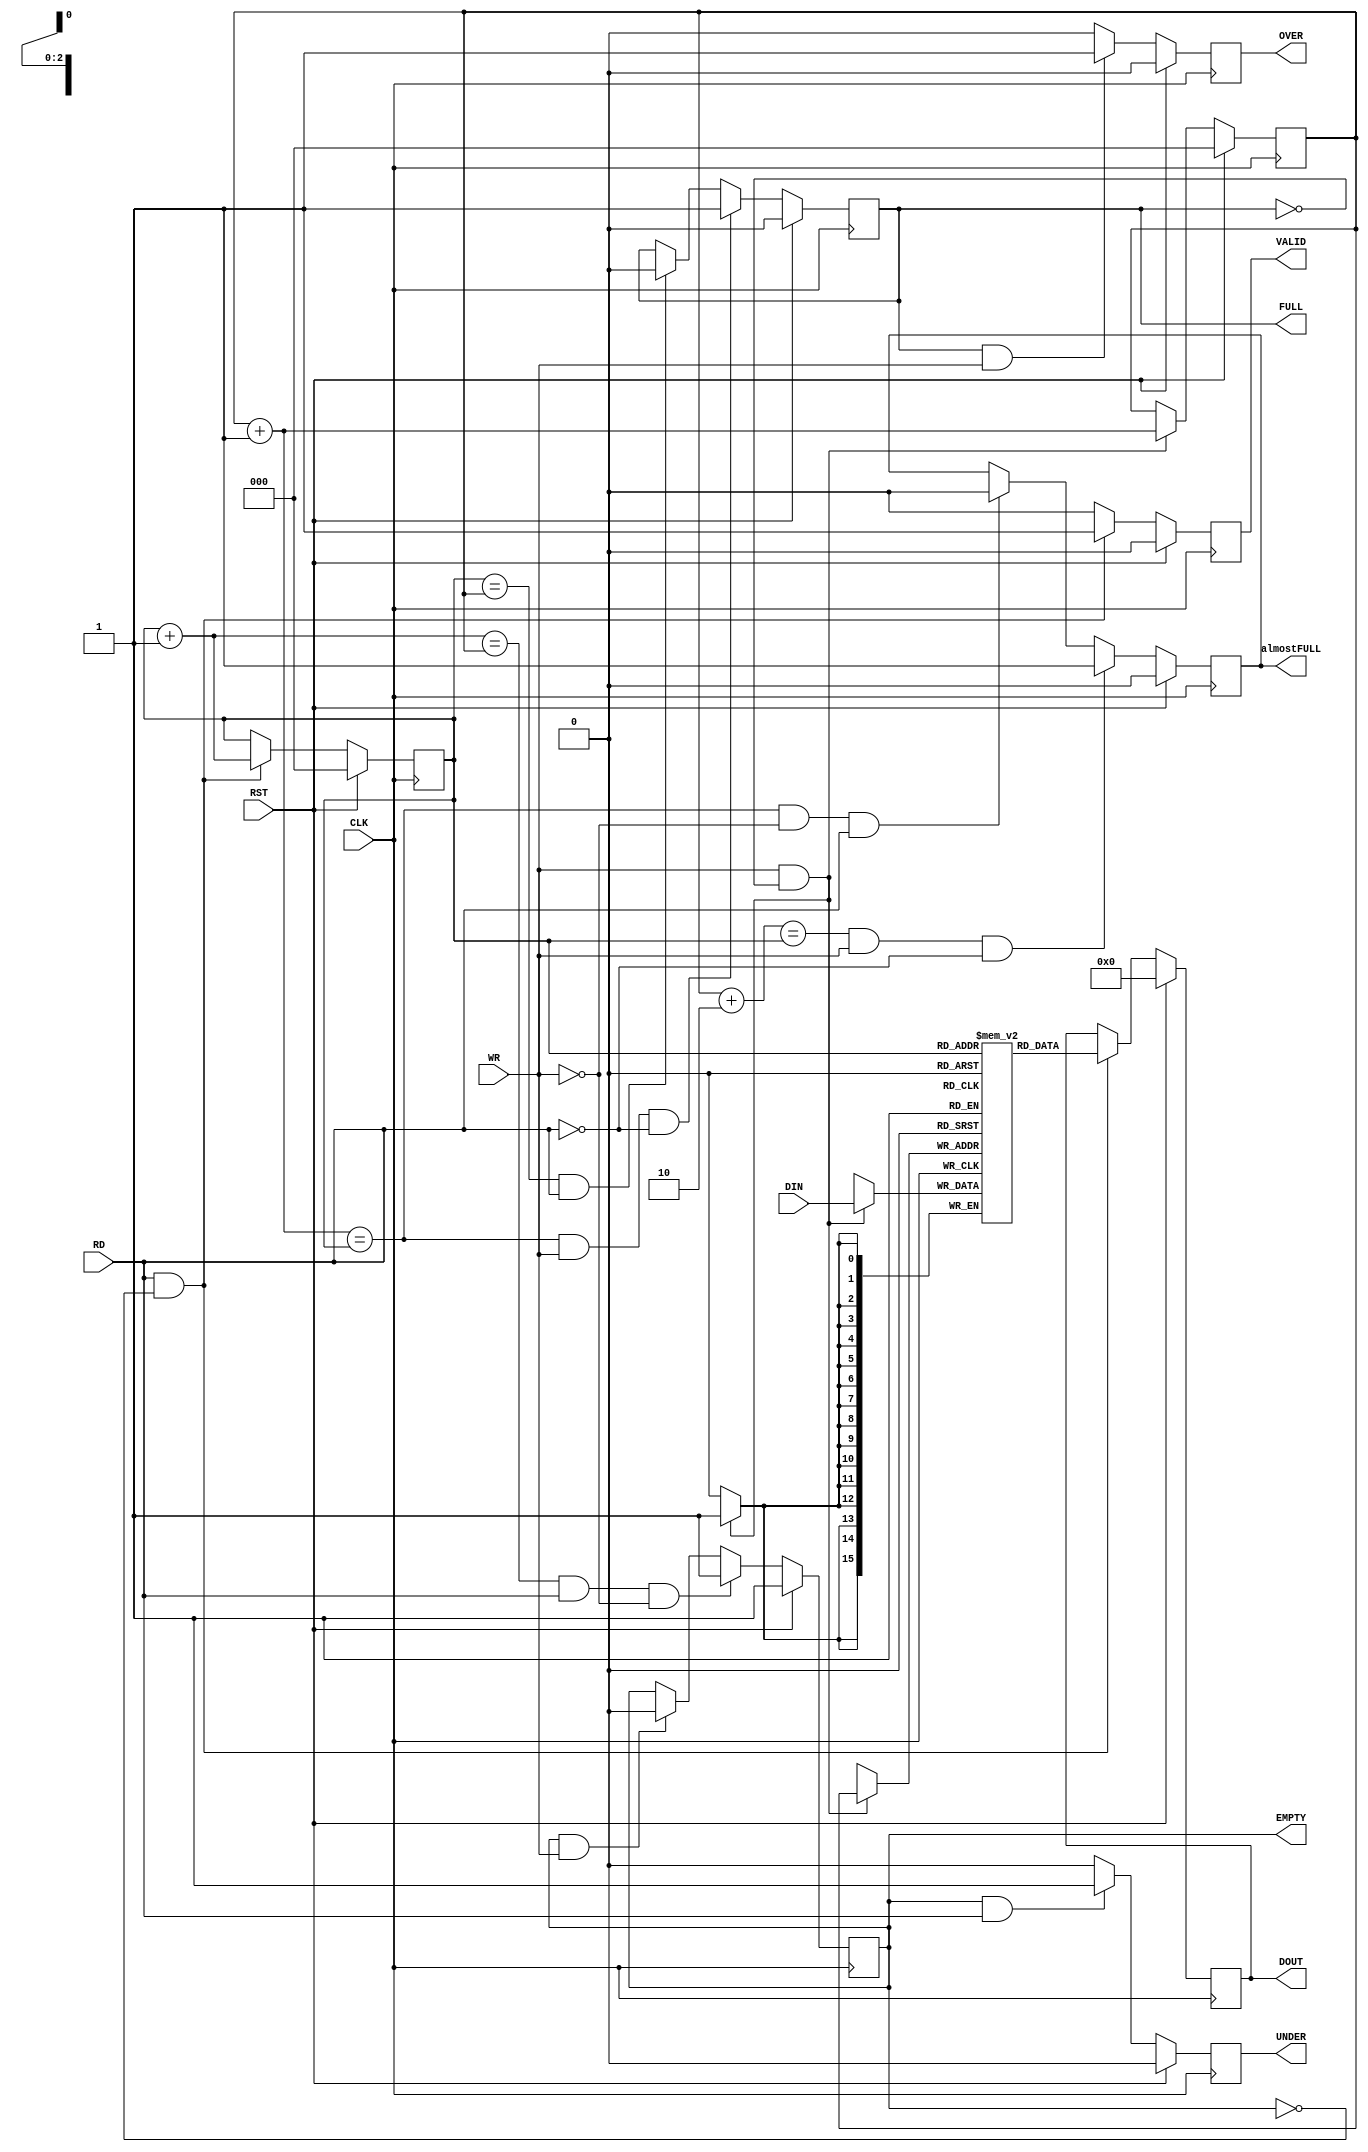
`timescale 1ns / 1ps

module fifo
(
    input CLK,
    input RST,
    input WR,
    input RD,
    input [15:0] DIN,

    output reg [15:0] DOUT,
    output reg almostFULL,
    output reg FULL,
    output reg OVER,
    output reg EMPTY,
    output reg UNDER,
    output reg VALID
);

reg [2:0] WPTR;         // Write Pointer
reg [2:0] RPTR;         // Read Pointer
reg [15:0] MEM [0:7];   // Memory

/*************************************/
/* Memory */

always @(posedge CLK) begin
    if (WR == 1'b1 && FULL != 1'b1) begin
        MEM[WPTR] <= DIN;
    end
end

/*************************************/
/* Pointer */

// Write Pointer
always @(posedge CLK) begin
    if (RST == 1'b1) begin
        WPTR <= 3'b000;
    end else if (WR == 1'b1 && FULL != 1'b1) begin
        WPTR <= WPTR + 3'b001;
    end
end

// Read Pointer
always @(posedge CLK) begin
    if (RST == 1'b1) begin
        RPTR <= 3'b000;
    end else if (RD == 1'b1 && EMPTY != 1'b1) begin
        RPTR <= RPTR + 3'b001;
    end
end

/*************************************/
/* Write Flag */

// almostFULL
always @(posedge CLK) begin
    if (RST == 1'b1) begin
        almostFULL <= 1'b0;
    end else if (WPTR + 3'b010 == RPTR && WR == 1'b1 && RD == 1'b0) begin
        almostFULL <= 1'b1;
    end else if (WPTR + 3'b001 == RPTR && WR == 1'b0 && RD == 1'b1) begin
        almostFULL <= 1'b0;
    end
end

// FULL
always @(posedge CLK) begin
    if (RST == 1'b1) begin
        FULL <= 1'b0;
    end else if (WPTR + 3'b001 == RPTR && WR == 1'b1 && RD == 1'b0) begin
        FULL <= 1'b1;
    end else if (RPTR == WPTR && RD == 1'b1) begin
        FULL <= 1'b0;
    end
end

// OVER
always @(posedge CLK) begin
    if (RST == 1'b1) begin
        OVER <= 1'b0;
    end else if (FULL == 1'b1 && WR == 1'b1) begin
        OVER <= 1'b1;
    end else begin
        OVER <= 1'b0;
    end
end

/*************************************/
/* Read Flag */

// EMPTY
always @(posedge CLK) begin
    if (RST == 1'b1) begin
        EMPTY <= 1'b1;
    end else if (RPTR + 3'b001 == WPTR && RD == 1'b1 && WR == 1'b0) begin
        EMPTY <= 1'b1;
    end else if (EMPTY == 1'b1 && WR == 1'b1) begin
        EMPTY <= 1'b0;
    end
end

// UNDER
always @(posedge CLK) begin
    if (RST == 1'b1) begin
        UNDER <= 1'b0;
    end else if (EMPTY == 1'b1 && RD == 1'b1) begin
        UNDER <= 1'b1;
    end else begin
        UNDER <= 1'b0;
    end
end

/*************************************/
/* Output Buffer */

always @(posedge CLK) begin
    if (RST == 1'b1) begin
        DOUT <= 16'd0;
    end else if (RD == 1'b1 && EMPTY == 1'b0) begin
        DOUT <= MEM[RPTR];
    end
end

always @(posedge CLK) begin
    if (RST == 1'b1) begin
        VALID <= 1'b0;
    end else if (RD == 1'b1 && EMPTY == 1'b0) begin
        VALID <= 1'b1;
    end else begin
        VALID <= 1'b0;
    end
end

/*************************************/

endmodule   // fifo